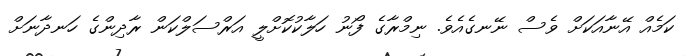
ކަމެއް އޭނާއަކަށް ވެސް ނޭނގެއެވެ. ނިމްރާގެ ފޯނު ހަލާކުކޮށްލީ އަރްސަލްކަން ރާދިންގެ ހަނދާނަށް